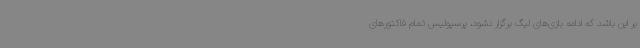
بر این باشد که ادامه بازی‌های لیگ برگزار نشود، پرسپولیس تمام فاکتورهای